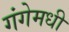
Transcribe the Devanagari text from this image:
गंगेमधी